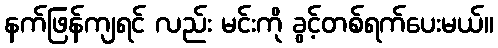
နက်ဖြန်ကျရင် လည်း မင်းကို ခွင့်တစ်ရက်ပေးမယ်။